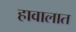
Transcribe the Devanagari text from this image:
हावालात